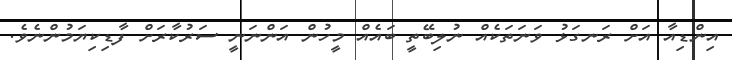
އިންޑިއާ އަށް ރަނގަޅު ވަނަތަކެއް ނުލިބޭތީ ބައެއް މީހުން އަންނަނީ ސަރުކާރަށް ފާޑިކިޔަމުންނެވެ.